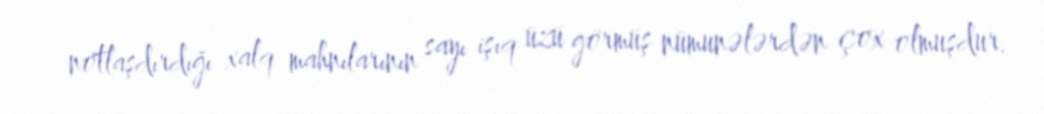
notlaşdırdığı xalq mahnılarının sayı işıq üzü görmüş nümunələrdən çox olmuşdur.